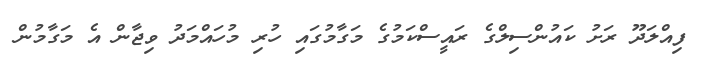
ފިއްލަދޫ ރަށު ކައުންސިލްގެ ރައީސްކަމުގެ މަގާމުގައި ހުރި މުހައްމަދު ވިޖާން އެ މަގާމުން